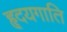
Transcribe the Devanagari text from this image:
हृदयगाति